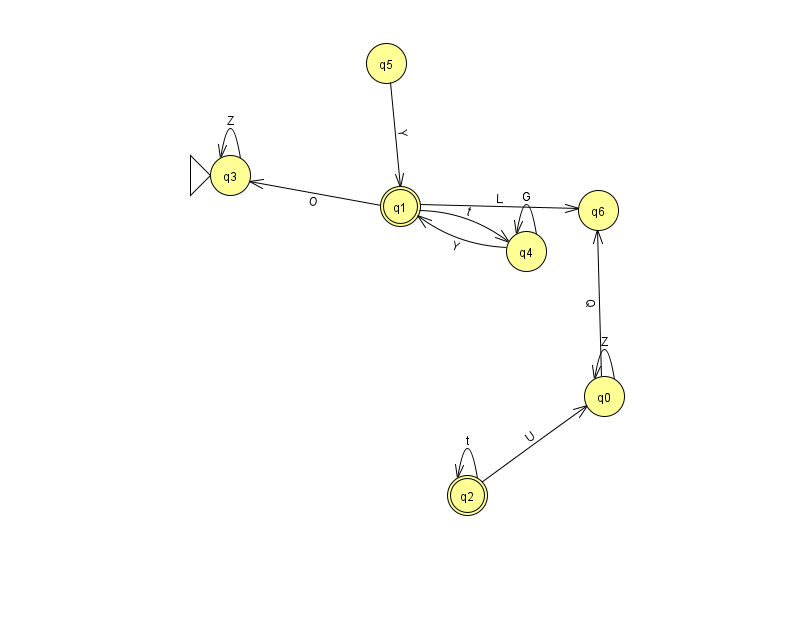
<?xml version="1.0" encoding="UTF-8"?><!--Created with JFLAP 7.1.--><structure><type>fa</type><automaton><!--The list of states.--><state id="0" name="q0"><x>604.0</x><y>383.0</y></state><state id="1" name="q1"><x>400.0</x><y>193.0</y><final/></state><state id="2" name="q2"><x>467.0</x><y>482.0</y><final/></state><state id="3" name="q3"><x>230.0</x><y>162.0</y><initial/></state><state id="4" name="q4"><x>526.0</x><y>238.0</y></state><state id="5" name="q5"><x>386.0</x><y>50.0</y></state><state id="6" name="q6"><x>598.0</x><y>197.0</y></state><!--The list of transitions.--><transition><from>1</from><to>4</to><read>t</read></transition><transition><from>0</from><to>6</to><read>Q</read></transition><transition><from>2</from><to>2</to><read>t</read></transition><transition><from>1</from><to>3</to><read>O</read></transition><transition><from>4</from><to>4</to><read>G</read></transition><transition><from>5</from><to>1</to><read>Y</read></transition><transition><from>0</from><to>0</to><read>Z</read></transition><transition><from>2</from><to>0</to><read>U</read></transition><transition><from>3</from><to>3</to><read>Z</read></transition><transition><from>1</from><to>6</to><read>L</read></transition><transition><from>4</from><to>1</to><read>Y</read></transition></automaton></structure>